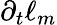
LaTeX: \partial_{t}\ell_{m}